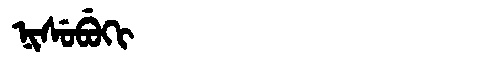
Manchu: ᠨᡳᠰᡠᠪᡠᡴᡳ
Romanization: NISUBUKI